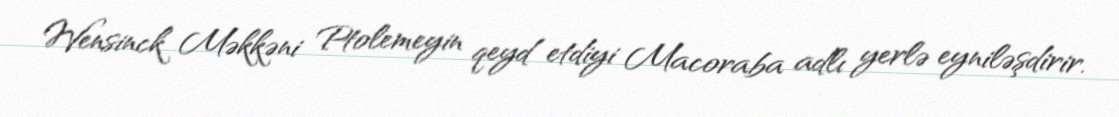
Wensinck Məkkəni Ptolemeyin qeyd etdiyi Macoraba adlı yerlə eyniləşdirir.